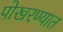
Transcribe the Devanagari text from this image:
पोखरण्यात